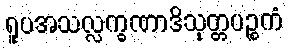
ရူပအသလ္လက္ခဏာဒိသုတ္တပဉ္စကံ